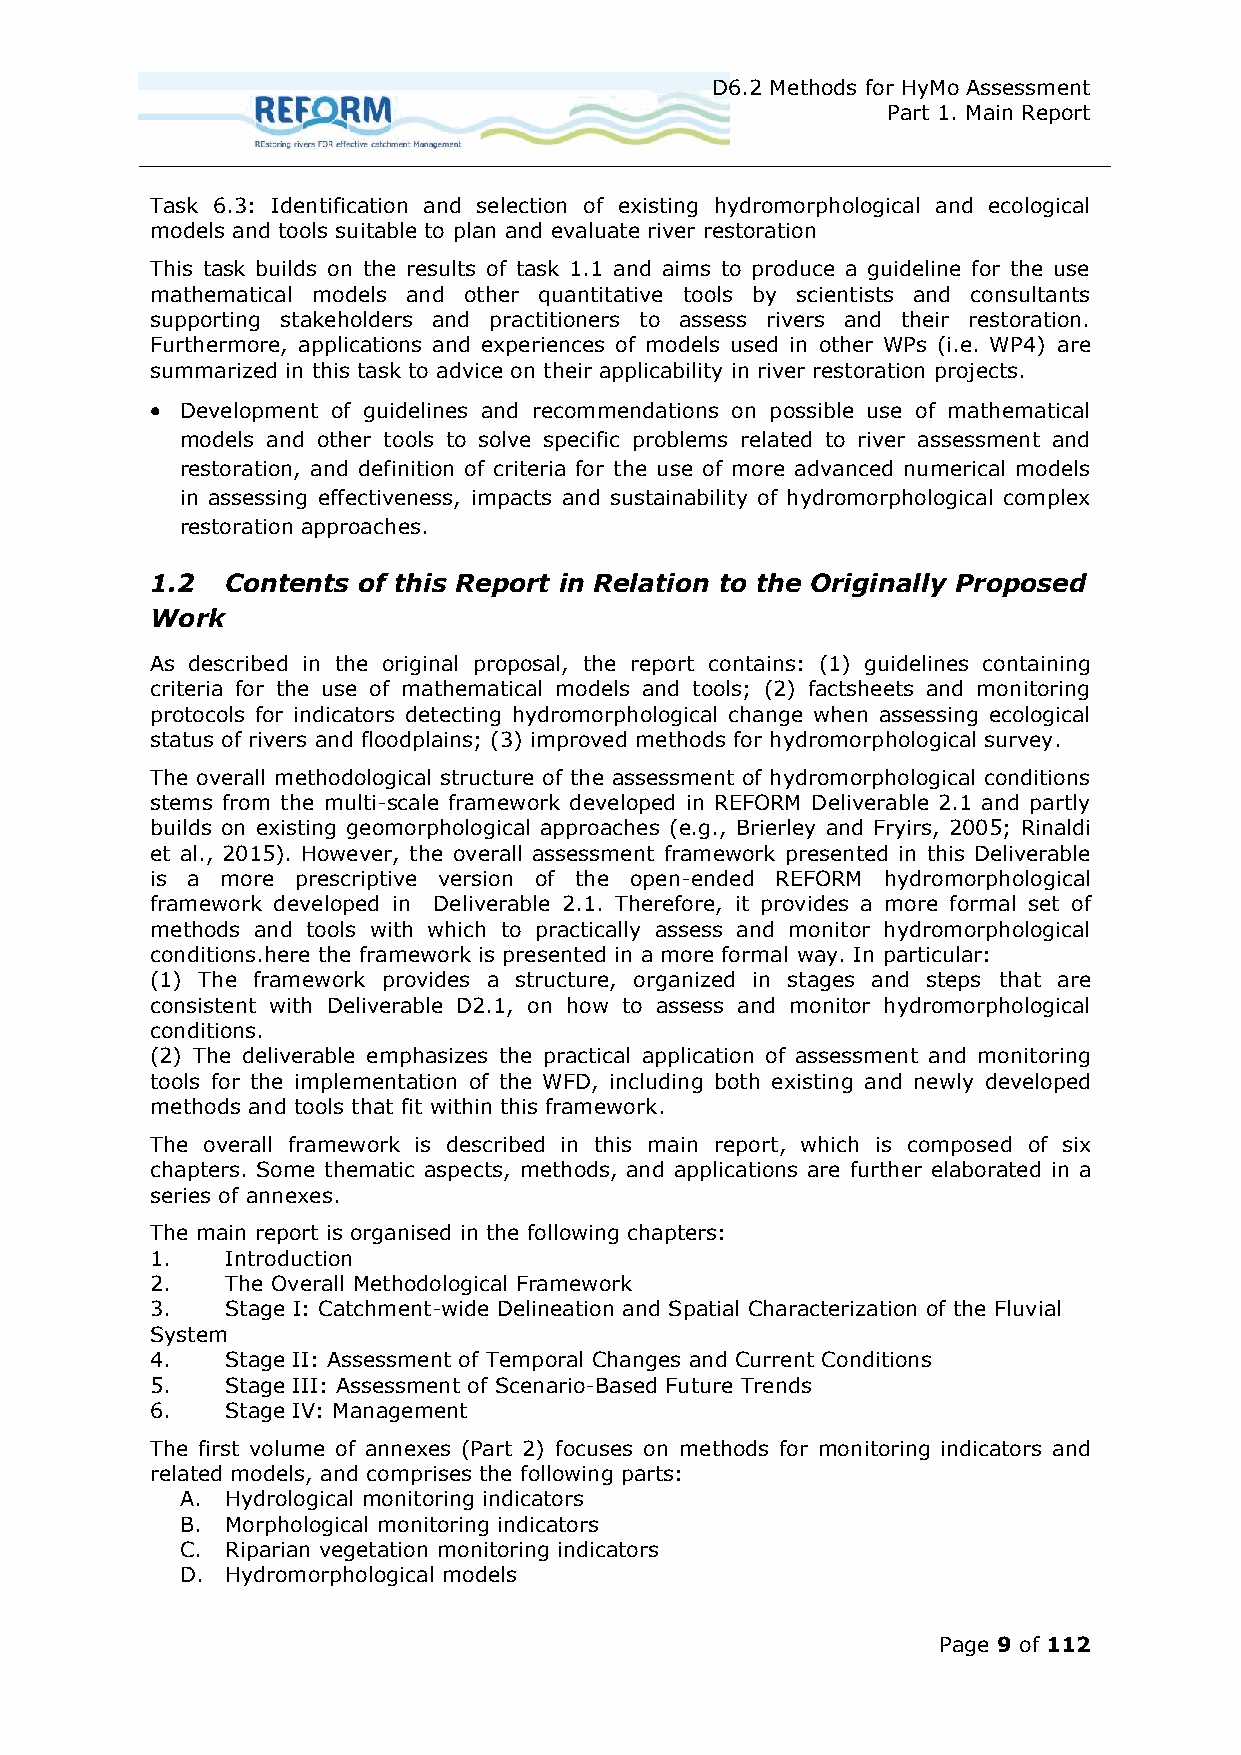
D6.2 Methods for HyMo Assessment
 Part 1. Main Report
 Task 6.3: Identification and selection of existing hydromorphological and ecological
 models and tools suitable to plan and evaluate river restoration
 This task builds on the results of task 1.1 and aims to produce a guideline for the use
 mathematical models and other quantitative tools by scientists and consultants
 supporting stakeholders and practitioners to assess rivers and their restoration.
 Furthermore, applications and experiences of models used in other WPs (i.e. WP4) are
 summarized in this task to advice on their applicability in river restoration projects.
  Development of guidelines and recommendations on possible use of mathematical
 models and other tools to solve specific problems related to river assessment and
 restoration, and definition of criteria for the use of more advanced numerical models
 in assessing effectiveness, impacts and sustainability of hydromorphological complex
 restoration approaches.
 1.2  Contents of this Report in Relation to the Originally Proposed
 Work
 As described in the original proposal, the report contains: (1) guidelines containing
 criteria for the use of mathematical models and tools; (2) factsheets and monitoring
 protocols for indicators detecting hydromorphological change when assessing ecological
 status of rivers and floodplains; (3) improved methods for hydromorphological survey.
 The overall methodological structure of the assessment of hydromorphological conditions
 stems from the multi-scale framework developed in REFORM Deliverable 2.1 and partly
 builds on existing geomorphological approaches (e.g., Brierley and Fryirs, 2005; Rinaldi
 et al., 2015). However, the overall assessment framework presented in this Deliverable
 is a more prescriptive version of the open-ended REFORM hydromorphological
 framework developed in Deliverable 2.1. Therefore, it provides a more formal set of
 methods and tools with which to practically assess and monitor hydromorphological
 conditions.here the framework is presented in a more formal way. In particular:
 (1) The framework provides a structure, organized in stages and steps that are
 consistent with Deliverable D2.1, on how to assess and monitor hydromorphological
 conditions.
 (2) The deliverable emphasizes the practical application of assessment and monitoring
 tools for the implementation of the WFD, including both existing and newly developed
 methods and tools that fit within this framework.
 The overall framework is described in this main report, which is composed of six
 chapters. Some thematic aspects, methods, and applications are further elaborated in a
 series of annexes.
 The main report is organised in the following chapters:
 1.   Introduction
 2.   The Overall Methodological Framework
 3.   Stage I: Catchment-wide Delineation and Spatial Characterization of the Fluvial
 System
 4.   Stage II: Assessment of Temporal Changes and Current Conditions
 5.   Stage III: Assessment of Scenario-Based Future Trends
 6.   Stage IV: Management
 The first volume of annexes (Part 2) focuses on methods for monitoring indicators and
 related models, and comprises the following parts:
 A. Hydrological monitoring indicators
 B. Morphological monitoring indicators
 C. Riparian vegetation monitoring indicators
 D. Hydromorphological models
 Page 9 of 112